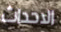
الاحداث